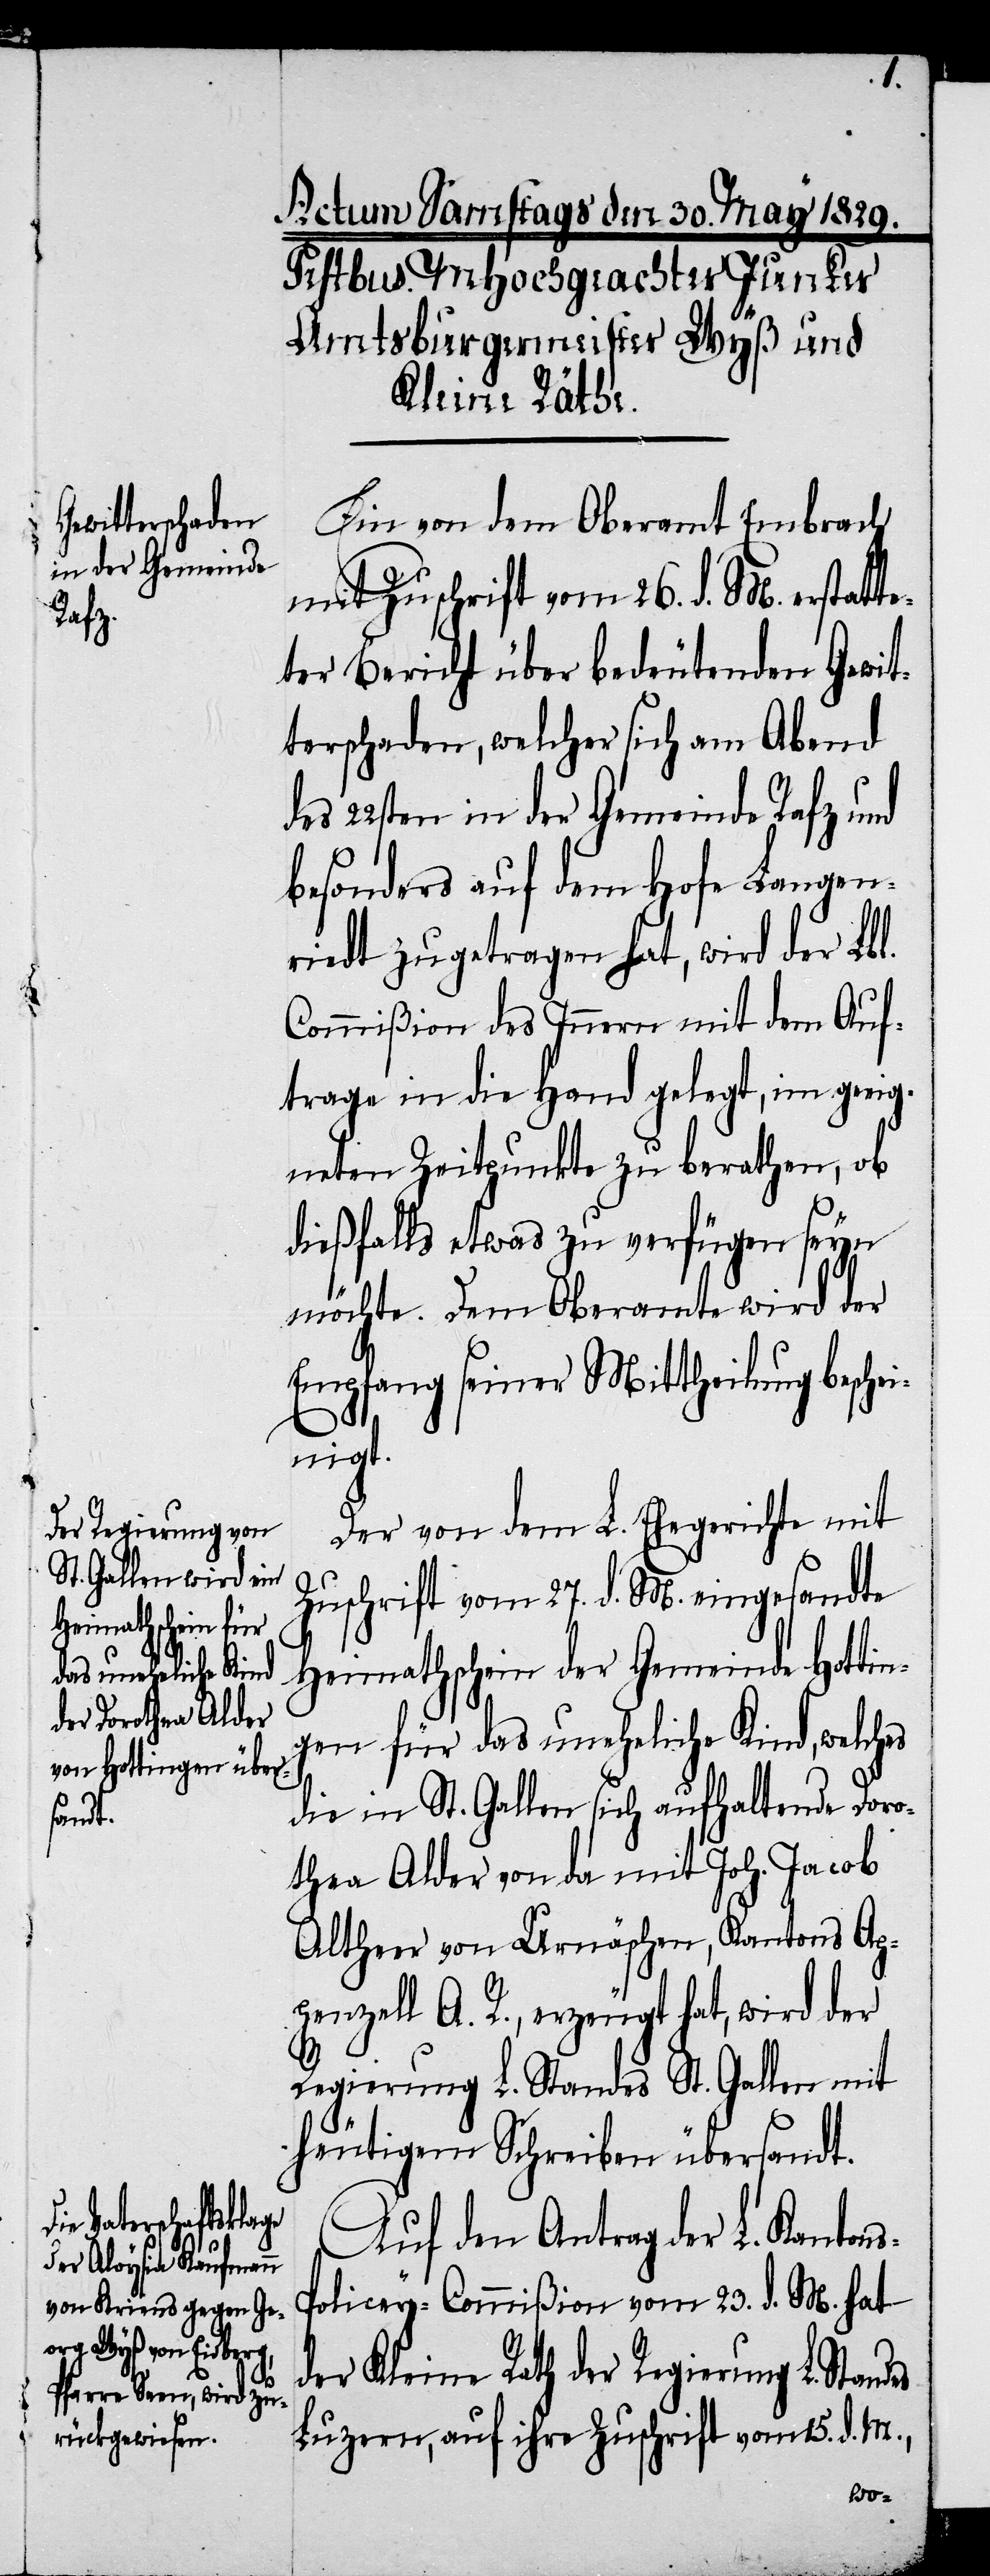
es

Ein von dem Oberamt Embrach
mit Zuschrift vom 26. d. M. erstatte¬
ter Bericht über bedeutenden Gewit¬
terschaden, welcher sich am Abend
des 22sten in der Gemeinde Rafz und
besonders auf dem Hofe Langen¬
riedt zugetragen hat, wird der Lbl.
Commißion des Innern mit dem Auf¬
trage in die Hand gelegt, im geeig¬
neten Zeitpunkte zu berathen, ob
dießfalls etwas zu verfügen seyn
möchte. Dem Oberamte wird der
Empfang seiner Mittheilung beschei¬
nigt.
Der von dem L. Ehegerichte mit
Zuschrift vom 27. d. M. eingesandte
Heimathschein der Gemeinde Hottin¬
gen für das uneheliche Kind, welches
die in St. Gallen sich aufhaltende Doro¬
thea Alder von da mit Joh. Jacob
Altherr von Urnäschen, Kantons Ap¬
penzell A. R., erzeugt hat, wird der
Regierung L. Standes St. Gallen mit
heutigem Schreiben übersandt.
Auf den Antrag der L. Kanton¬
olicey-Commißion vom 23. d. M. hat
der Kleine Rath der Regierung L. Stand¬
Luzern, auf ihre Zuschrift vom 15. d. M.,
s-P¬